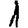
Digit: 1